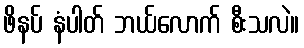
ဖိနပ် နံပါတ် ဘယ်လောက် စီးသလဲ။